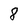
Character: 8